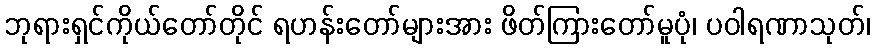
ဘုရားရှင်ကိုယ်တော်တိုင် ရဟန်းတော်များအား ဖိတ်ကြားတော်မူပုံ၊ ပဝါရဏာသုတ်၊